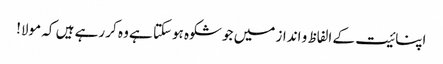
اپنائیت کے الفاظ و انداز میں جو شکوہ ہوسکتا ہے وہ کر رہے ہیں کہ مولا!